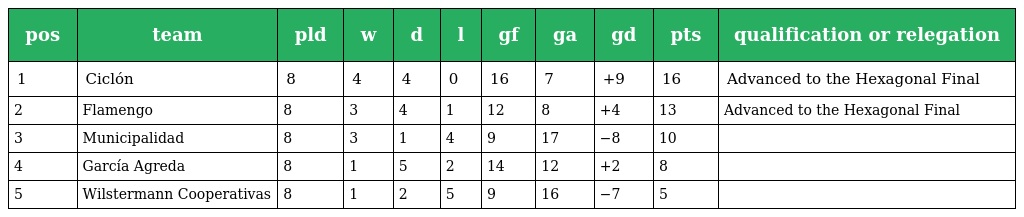
| pos | team | pld | w | d | l | gf | ga | gd | pts | qualification or relegation |
 | --- | --- | --- | --- | --- | --- | --- | --- | --- | --- | --- |
 | 1 | Ciclón | 8 | 4 | 4 | 0 | 16 | 7 | +9 | 16 | Advanced to the Hexagonal Final |
 | 2 | Flamengo | 8 | 3 | 4 | 1 | 12 | 8 | +4 | 13 | Advanced to the Hexagonal Final |
 | 3 | Municipalidad | 8 | 3 | 1 | 4 | 9 | 17 | −8 | 10 |  |
 | 4 | García Agreda | 8 | 1 | 5 | 2 | 14 | 12 | +2 | 8 |  |
 | 5 | Wilstermann Cooperativas | 8 | 1 | 2 | 5 | 9 | 16 | −7 | 5 |  |